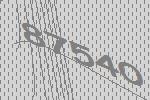
87540